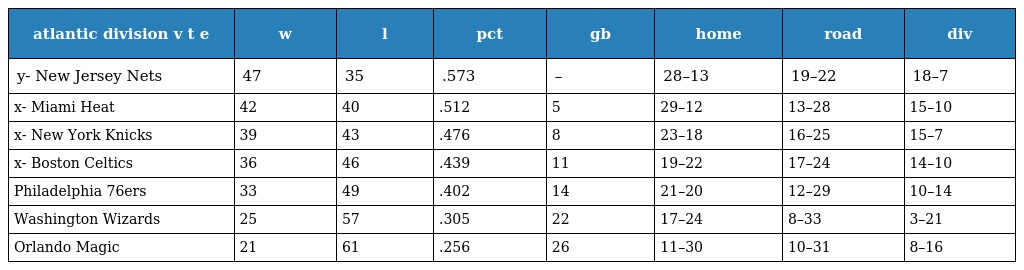
| atlantic division v t e | w | l | pct | gb | home | road | div |
 | --- | --- | --- | --- | --- | --- | --- | --- |
 | y- New Jersey Nets | 47 | 35 | .573 | – | 28–13 | 19–22 | 18–7 |
 | x- Miami Heat | 42 | 40 | .512 | 5 | 29–12 | 13–28 | 15–10 |
 | x- New York Knicks | 39 | 43 | .476 | 8 | 23–18 | 16–25 | 15–7 |
 | x- Boston Celtics | 36 | 46 | .439 | 11 | 19–22 | 17–24 | 14–10 |
 | Philadelphia 76ers | 33 | 49 | .402 | 14 | 21–20 | 12–29 | 10–14 |
 | Washington Wizards | 25 | 57 | .305 | 22 | 17–24 | 8–33 | 3–21 |
 | Orlando Magic | 21 | 61 | .256 | 26 | 11–30 | 10–31 | 8–16 |